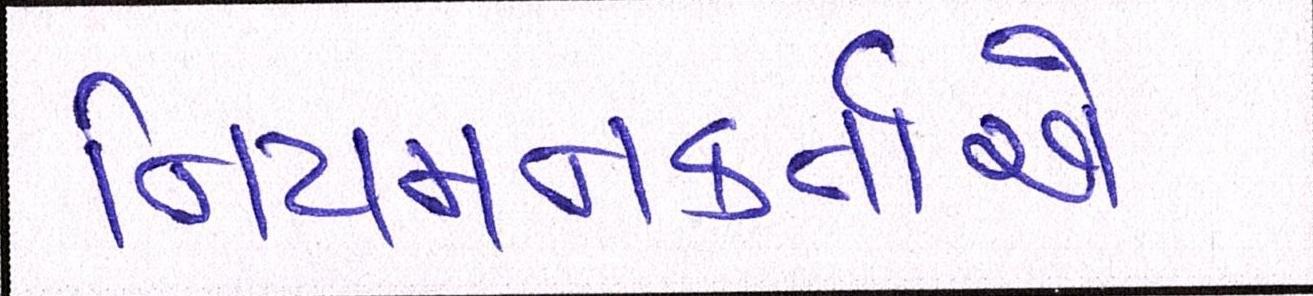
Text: નિયમનકર્તાએ